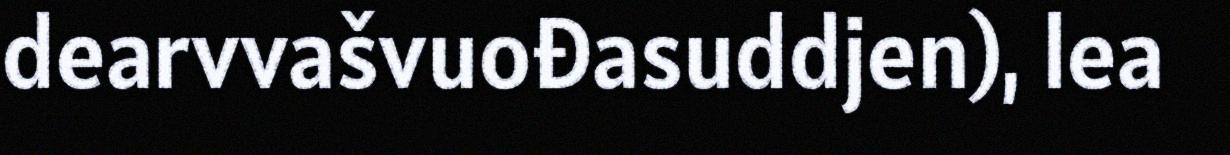
dearvvašvuođasuddjen), lea